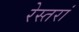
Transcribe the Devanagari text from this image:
रेस्‍तरां